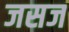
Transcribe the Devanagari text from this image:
जसज